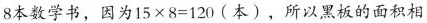
8本数学书，因为$$15×8=120$$(本)，所以黑板的面积相